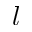
l